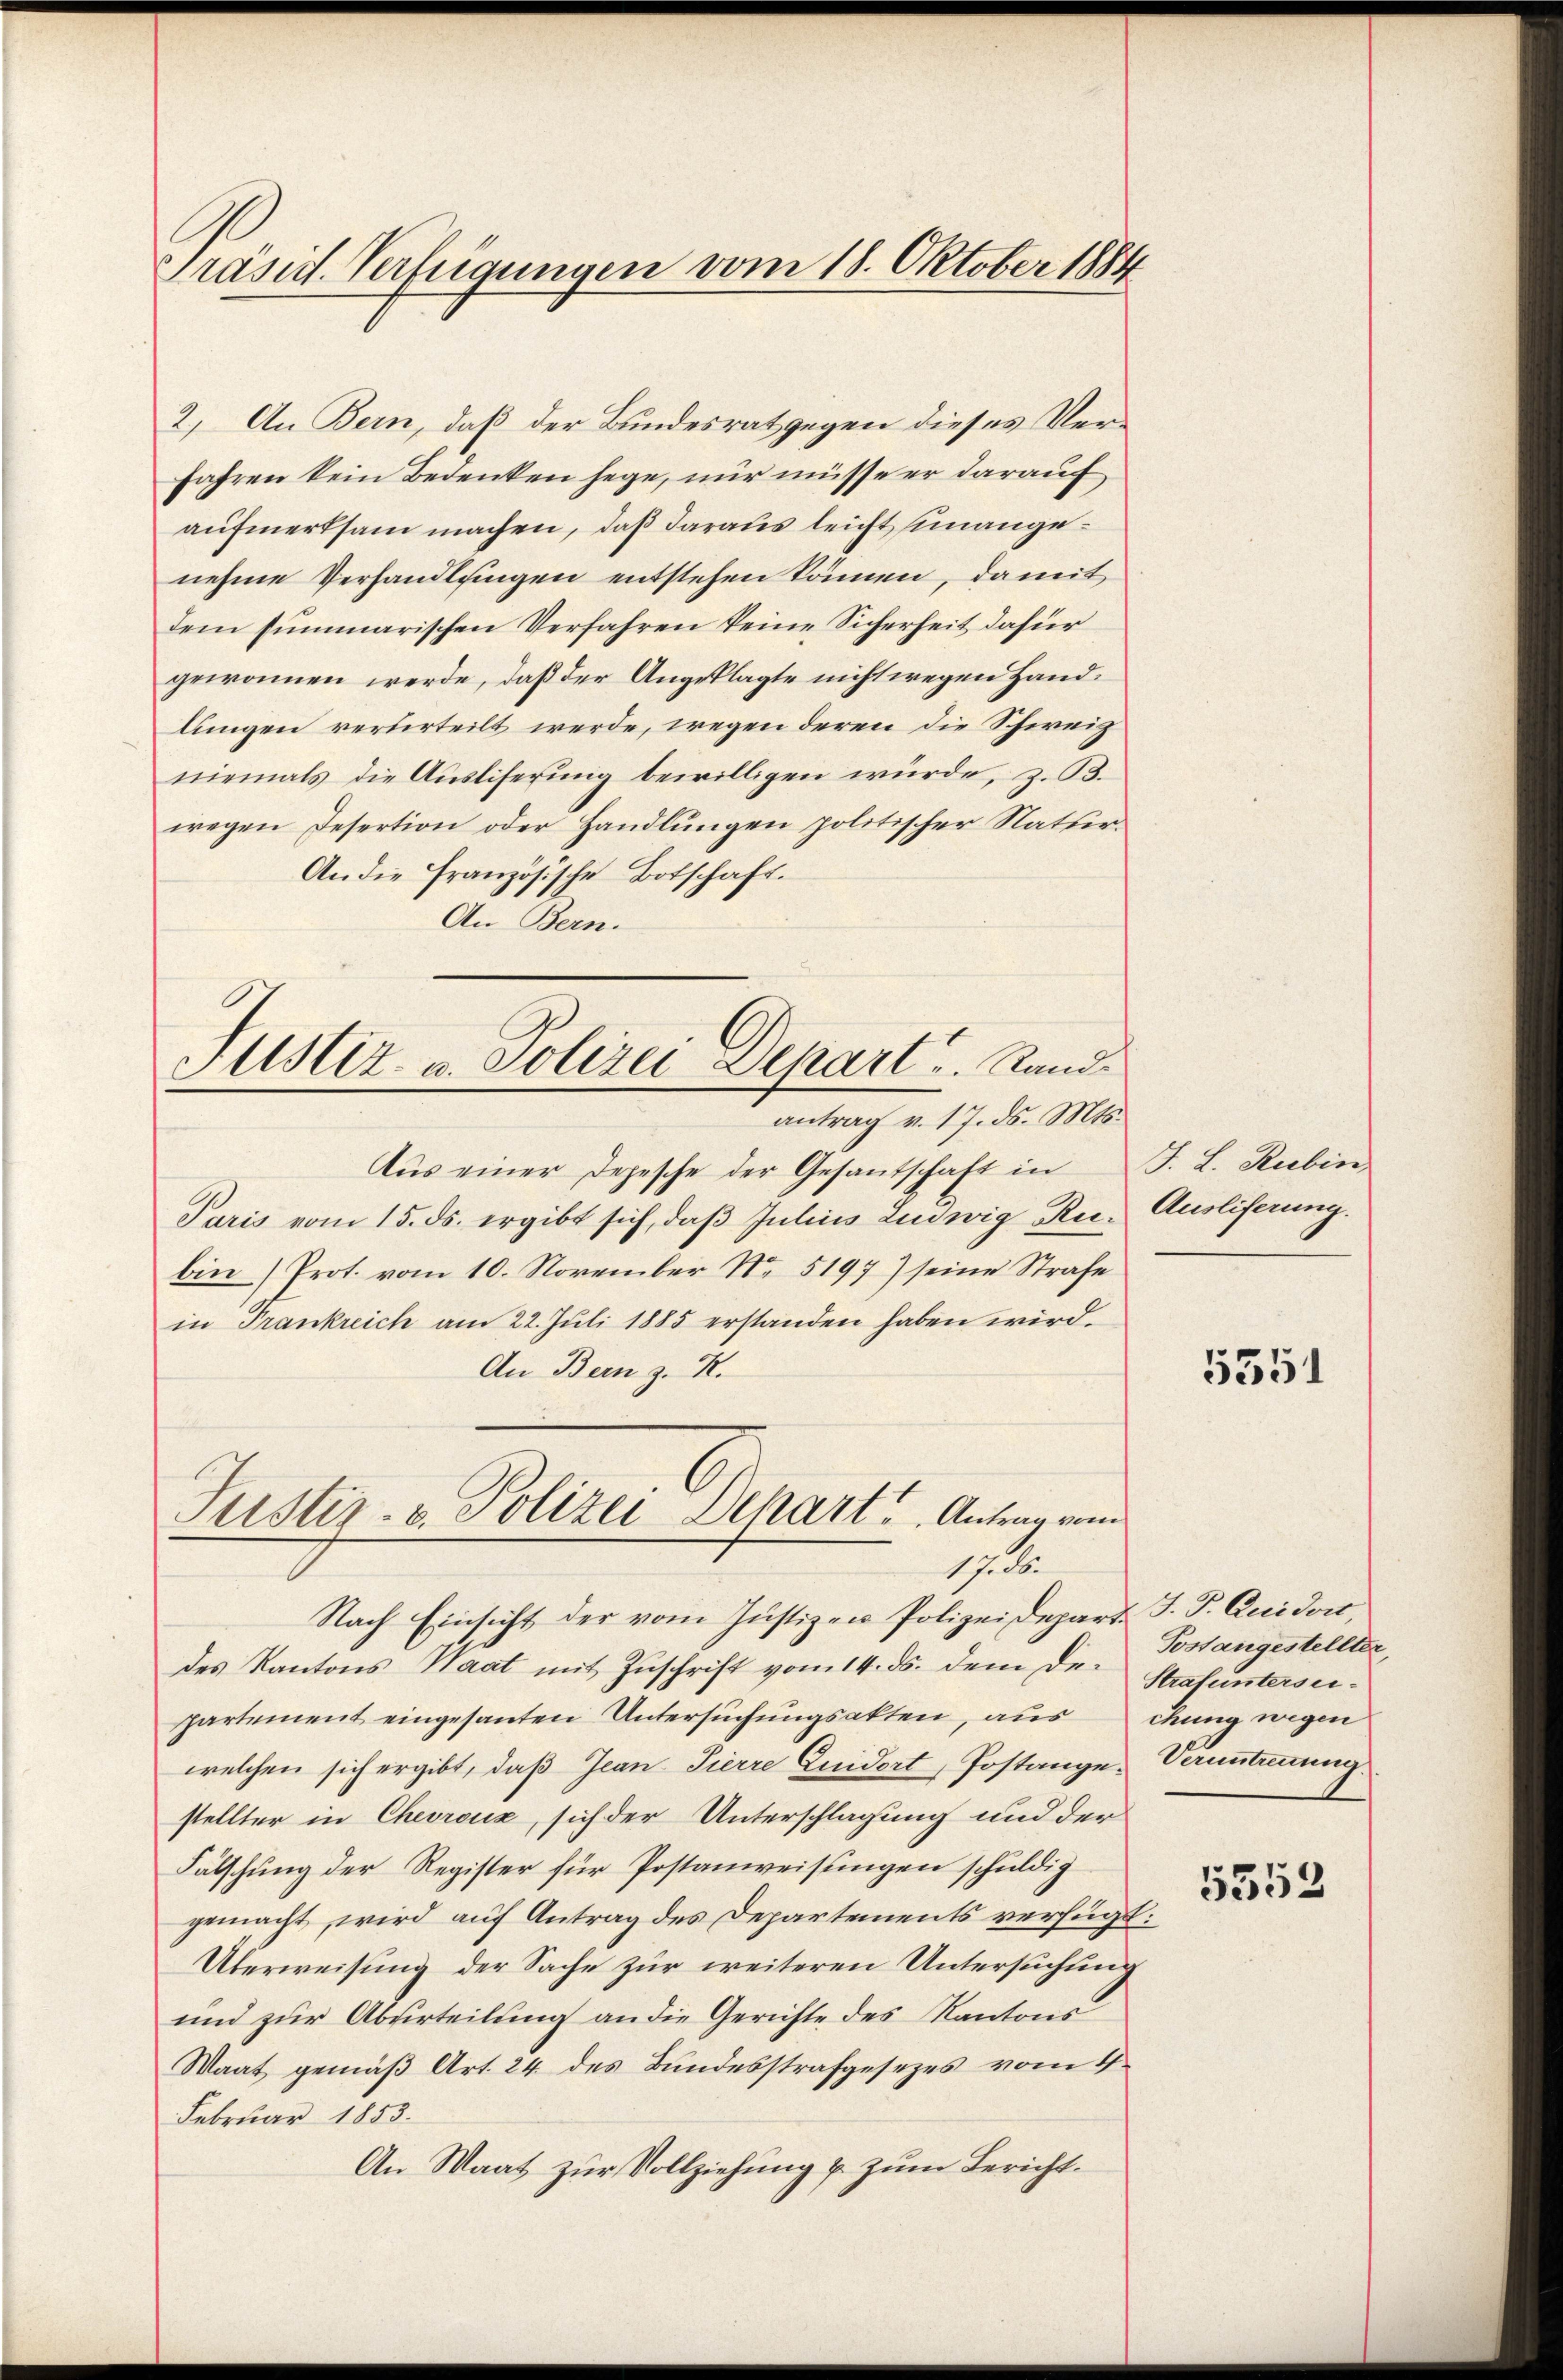
Präsid. Verfügungen vom 18. Oktober 1884

2. An Bern, daß der Bundesrat gegen dieses Verfahren kein Bedenken hege, nur müsse er darauf
aufmerksam machen, daß daraus leicht unangenehme Verhandlungen entstehen können, damit
dem summarischen Verfahren keine Sicherheit dafür
gewonnen werde, daß der Angeklagte nicht wegen Handlungen verurteilt werde, wegen deren die Schweiz
niemals die Aŭsliserung bewilligen würde, z. B.
wegen Desertion oder Handlungen politischer Natur¬
An die französische Botschaft.
An Bern.

Justiz- u. Polizei Depart. Rand
antrag v. 17. ds. Mts.

Justiz- & Polizei Depart. Antrag vom
1. d.
Nach Einsicht der vom Justiz zu Polizeidepart. J. P. Quidor,

Aŭs einer Depesche der Gesantschaft in J. L. Rubin
Paris vom 15. ds. ergibt sich, daβ Julius Ludwig Ru- Ausliferung.
bin Prot. vom 10. November Nr 5197) seine Strafe
in Trankreich am 22. Juli 1885 erstanden haben wird.
An Bern z. R.

des Kantons Waat mit Zuschrift vom 14. ds. dem Departement eingesanten Untersuchungsakten, aus chung wegen
welchen sich ergibt, daß Jean Pierre Quidert, Postanze Veruntrennung.
stellter in Chevreux, sich der Unterschlagung und der
Fälschung der Register für Postanweisungen schuldig
gemacht, wird auf Antrag des Departements verfügt:
Überweisung der Sache zur weiteren Untersuchung
und zur Abferteilung an die Gerichte des Kantons
Waat gemäß Art. 24 des Bundesstrafgesezes vom 4.
Februar 1853.
An Waat zur Vollziehung u. zum Bericht.

5351

Postangestellter,
Strafuntersei¬

5552